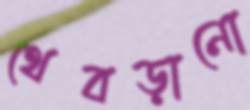
থেবড়ানো